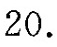
20.